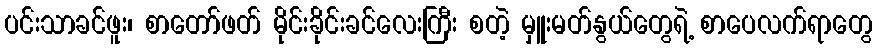
ပင်းသာခင်ဖူး၊ စာတော်ဖတ် မိုင်းခိုင်းခင်လေးကြီး စတဲ့ မှူးမတ်နွယ်တွေရဲ့ စာပေလက်ရာတွေ